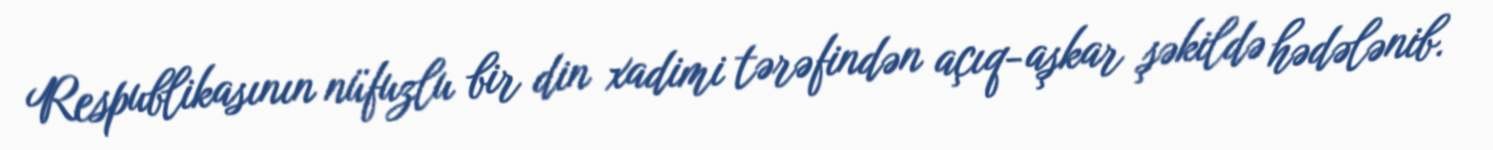
Respublikasının nüfuzlu bir din xadimi tərəfindən açıq-aşkar şəkildə hədələnib.